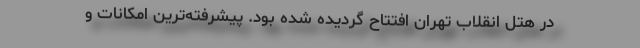
در هتل انقلاب تهران افتتاح گردیده شده بود. پیشرفته‌ترین امکانات و